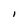
Character: I